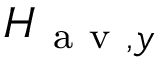
H _ { \mathrm { ~ a ~ v ~ } , y }